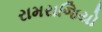
રામરાજિયો